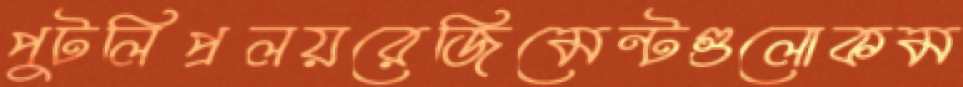
পুটলিপ্রলয়রেজিমেন্টগুলোকম